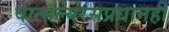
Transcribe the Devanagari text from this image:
वात्सल्यरसप्रधानही